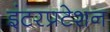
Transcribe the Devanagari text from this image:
इंटरप्रटेशन